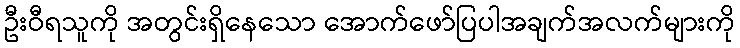
ဦးဝီရသူကို အတွင်းရှိနေသော အောက်ဖော်ပြပါအချက်အလက်များကို